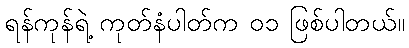
ရန်ကုန်ရဲ့ ကုတ်နံပါတ်က ၀၁ ဖြစ်ပါတယ်။